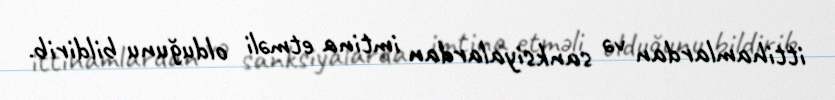
ittihamlardan və sanksiyalardan imtina etməli olduğunu bildirib.